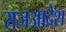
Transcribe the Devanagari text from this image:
राजआदेश